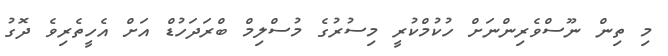
މި ތިން ނޫސްވެރިންނަށް ހުކުމްކުރީ މިސުރުގެ މުސްލިމް ބްރަދަހުޑް އަށް އެހީތެރިވެ ދޮގު